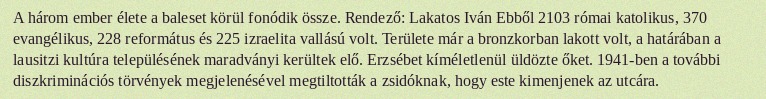
A három ember élete a baleset körül fonódik össze. Rendező: Lakatos Iván Ebből 2103 római katolikus, 370 evangélikus, 228 református és 225 izraelita vallású volt. Területe már a bronzkorban lakott volt, a határában a lausitzi kultúra településének maradványi kerültek elő. Erzsébet kíméletlenül üldözte őket. 1941-ben a további diszkriminációs törvények megjelenésével megtiltották a zsidóknak, hogy este kimenjenek az utcára.